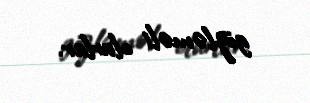
gözləməli olurlar.